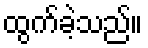
ထွက်ခဲ့သည်။